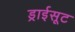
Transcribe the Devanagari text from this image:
ड्राईसूट